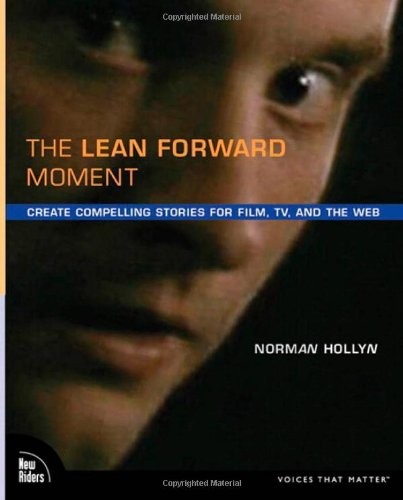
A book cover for The Lean Forward Moment: Create Compelling Stories for Film, TV, and the Web; Norman Hollyn; Arts & Photography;